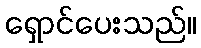
ရှောင်ပေးသည်။